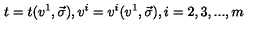
t = t ( v ^ { 1 } , \vec { \sigma } ) , v ^ { i } = v ^ { i } ( v ^ { 1 } , \vec { \sigma } ) , i = 2 , 3 , . . . , m